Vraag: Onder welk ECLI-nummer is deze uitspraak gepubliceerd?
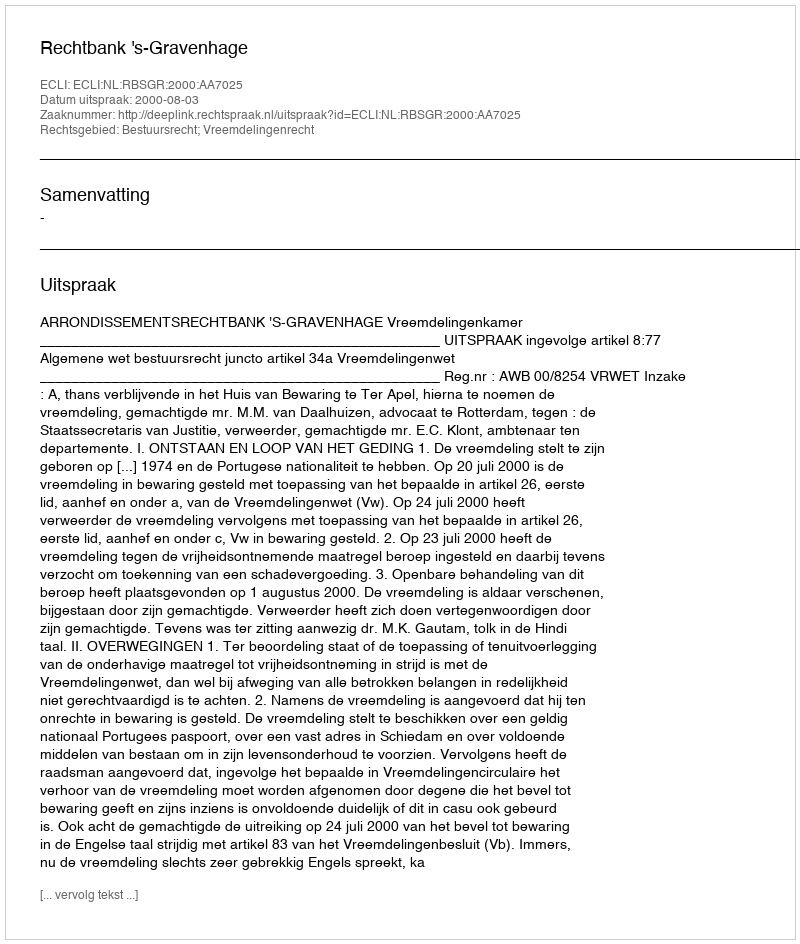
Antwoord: ECLI:NL:RBSGR:2000:AA7025